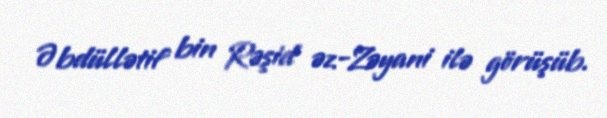
Əbdüllətif bin Rəşid əz-Zəyani ilə görüşüb.